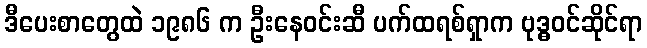
ဒီပေးစာတွေထဲ ၁၉၈၆ က ဦးနေဝင်းဆီ ပက်ထရစ်ရှာက ဗုဒ္ဓဝင်ဆိုင်ရာ